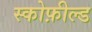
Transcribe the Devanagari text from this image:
स्कोफ़ील्ड